Indian journal of veterinary science and animal husbandry - Volume 3,
Year: 1933
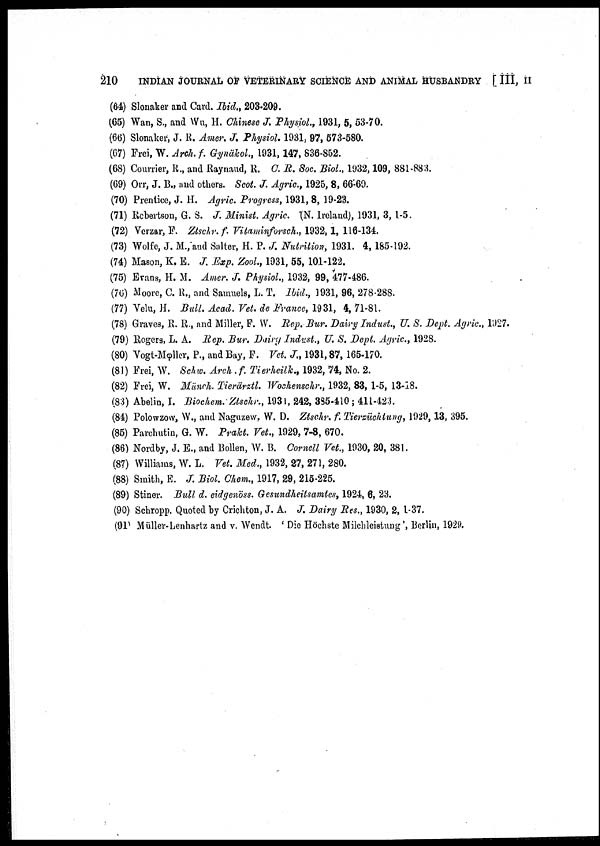
210
INDIAN JOURNAL OF VETERINARY SCIENCE AND ANIMAL HUSBANDRY [ III, II
(64) Slonaker and Card. Ibid., 203-209.
(65) Wan, S., and Wu, H. Chinese J. Physiol, 1931, 5, 53-70.
(66) Slonaker, J. R. Amer. J. Physiol. 1931, 97, 573-580.
(67) Frei, W. Arch. f. Gynäkol., 1931, 147, 836-852.
(68) Courrier, R., and Raynaud, R. C. R. Soc. Biol., 1932, 109, 881-883.
(69) Orr, J. B., and others. Scot. J. Agric., 1925, 8, 66-69.
(70) Prentice, J. H. Agric. Progress, 1931, 8, 19-23.
(71) Robertson, G. S. J. Minist. Agric. (N. Ireland), 1931, 3, 1-5.
(72) Verzar, F. Ztschr. f. Vitaminforsch., 1932, 1, 116-134.
(73) Wolfe, J. M., and Salter, H. P. J. Nutrition, 1931. 4, 185-192.
(74) Mason, K. E. J. Exp. Zool., 1931, 55, 101-122.
(75) Evans, H. M. Amer. J. Physiol., 1932, 99, 477-486.
(76) Moore, C. R., and Samuels, L. T. Ibid., 1931, 96, 278-288.
(77) Velu, H. Bull. Acad. Vet. de France, 1931, 4, 71-81.
(78) Graves, R. R., and Miller, F. W. Rep. Bur. Dairy Indust., U. S. Dept. Agric., 1927.
(79) Rogers, L. A. Rep. Bur. Dairy Indust., U. S. Dept. Agric., 1928.
(80) Vogt-Mφller, P., and Bay, F. Vet. J., 1931, 87,165-170.
(81) Frei, W. Schw. Arch . f. Tierheilk., 1932, 74, No. 2.
(82) Frei, W. Münch. Tierärztl. Wochenschr., 1932, 83, 1-5, 13-18.
(83) Abelin, I. Biochem. Ztschr., 1931, 242, 335-410 ; 411-423.
(84) Polowzow, W., and Naguzew, W. D. Ztschr. f. Tierzüchtung, 1929, 13, 395.
(85) Parchutin, G. W. Prakt. Vet., 1929, 7-8, 670.
(86) Nordby, J. E., and Bollen, W. B. Cornell Vet., 1930, 20, 381.
(87) Williams, W. L. Vet. Med., 1932, 27, 271, 280.
(88) Smith, E. J. Biol. Chem., 1917, 29, 215-225.
(89) Stiner. Bull d. eidgenöss. Gesundheitsamtes, 1924, 6, 23.
(90) Schropp. Quoted by Crichton, J. A. J. Dairy Res., 1930, 2, 1-37.
(91) Müller-Lenhartz and v. Wendt. ' Die Höchste Milchleistung ', Berlin, 1929.